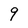
Character: 9